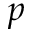
p